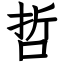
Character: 哲